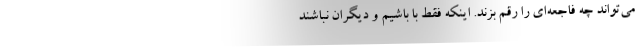
می‌تواند چه فاجعه‌ای را رقم بزند. اینکه فقط با باشیم و دیگران نباشند